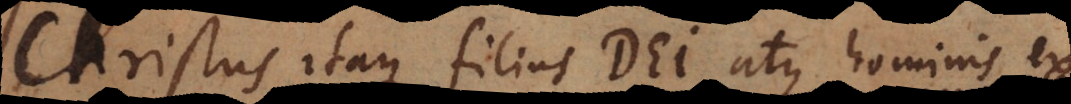
Christus itaque filius Dei atque hominis ex